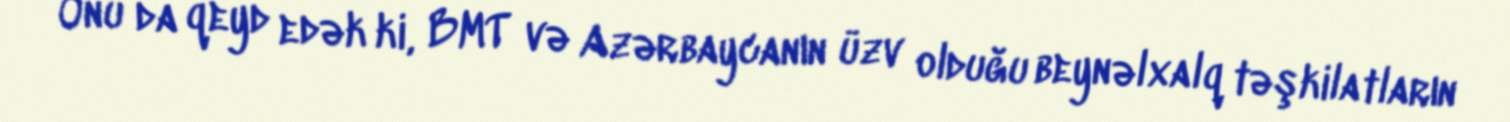
Onu da qeyd edək ki, BMT və Azərbaycanın üzv olduğu beynəlxalq təşkilatların